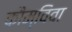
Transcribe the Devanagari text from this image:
कौम्विवा